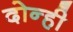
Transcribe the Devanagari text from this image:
दोन्‍ही